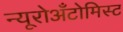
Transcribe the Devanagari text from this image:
न्यूरोअँटोमिस्ट